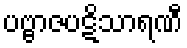
ပဗ္ဗာဇပဋိသာရဏီ